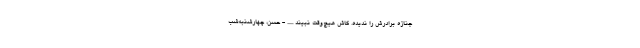
جنازه برادرش را نديده. كاش هيچ‌وقت نبيند ...... - حسن، چهارشنبه‌شب